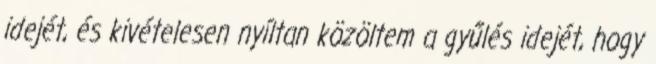
idejét, és kivételesen nyíltan közöltem a gyűlés idejét, hogy